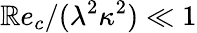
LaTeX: \mathbb{R}e_{c}/(\lambda^{2}\kappa^{2})\ll1